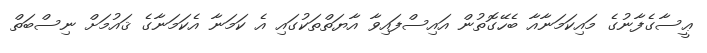
ޢީސާގެފާނުގެ މައިކަމަނާއާ ބެހޭގޮތުން އައިސްފައިވާ އާޔަތްތަކުގައި އެ ކަމަނާ އެކަމަނާގެ ޤައުމަށް ނިސްބަތް